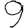
Digit: 9